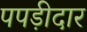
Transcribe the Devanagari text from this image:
पपड़ीदार